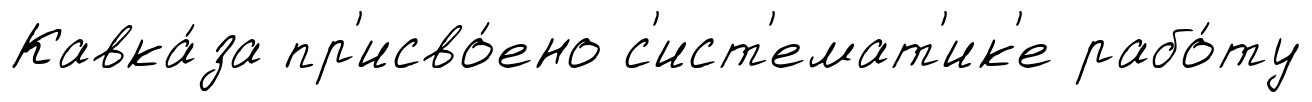
Кавка́за пр'исво́ено с'ист'емат'ик'е рабо́ту